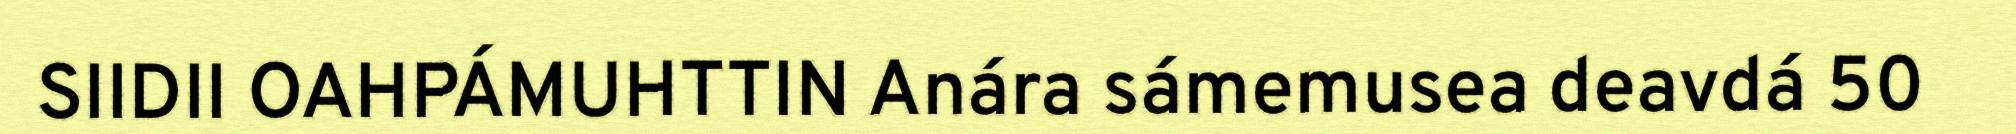
SIIDII OAHPÁMUHTTIN Anára sámemusea deavdá 50